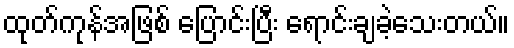
ထုတ်ကုန်အဖြစ် ပြောင်းပြီး ရောင်းချခဲ့သေးတယ်။